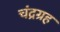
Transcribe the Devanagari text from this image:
चंद्रग्रह